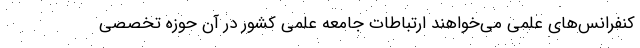
کنفرانس‌های علمی می‌خواهند ارتباطات جامعه علمی کشور در آن حوزه تخصصی